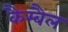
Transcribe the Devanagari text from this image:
कैम्बैल